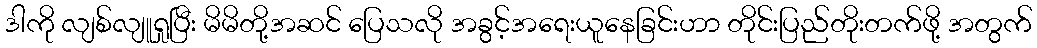
ဒါကို လျစ်လျူရှုပြီး မိမိတို့အဆင် ပြေသလို အခွင့်အရေးယူနေခြင်းဟာ တိုင်းပြည်တိုးတက်ဖို့ အတွက်